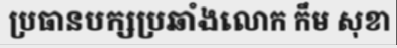
ប្រធានបក្សប្រឆាំងលោក កឹម សុខា